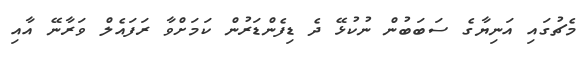
މެޗުގައި އަނިޔާގެ ސަބަބުން ނުކުޅޭ ދެ ޑިފެންޑަރުން ކަމަށްވާ ރަފައެލް ވަރާނޭ އާއި